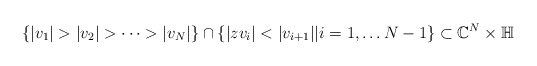
\begin{align*}\{ |v_1| > |v_2| > \dots > |v_N|\} \cap \{ |zv_i| < |v_{i+1}| | i = 1, \dots N-1\} \subset \mathbb C^N \times \mathbb H\end{align*}